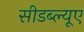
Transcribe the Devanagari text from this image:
सीडब्ल्यूए